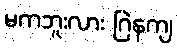
မကဘူးလား ဂြဲနကျ